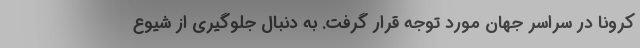
کرونا در سراسر جهان مورد توجه قرار گرفت. به دنبال جلوگیری از شیوع